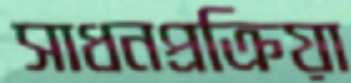
সাধনপ্রক্রিয়া